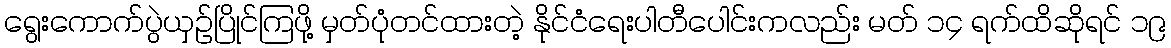
ရွေးကောက်ပွဲယှဉ်ပြိုင်ကြဖို့ မှတ်ပုံတင်ထားတဲ့ နိုင်ငံရေးပါတီပေါင်းကလည်း မတ် ၁၄ ရက်ထိဆိုရင် ၁၉